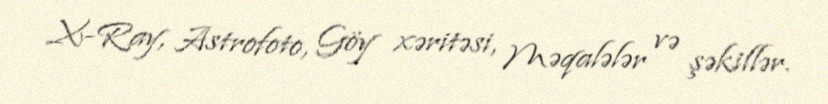
X-Ray, Astrofoto, Göy xəritəsi, Məqalələr və şəkillər.